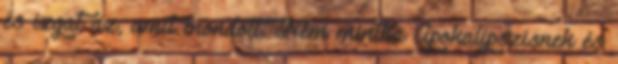
és izgat az, amit mondott. Nem mintha Apokalipszisnek és